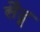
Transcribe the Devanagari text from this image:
सैदू